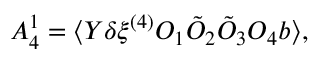
{ \cal A } _ { 4 } ^ { 1 } = \langle Y \delta \xi ^ { ( 4 ) } { \cal O } _ { 1 } \tilde { { \cal O } } _ { 2 } \tilde { { \cal O } } _ { 3 } { \cal O } _ { 4 } b \rangle ,